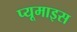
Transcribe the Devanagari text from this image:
प्यूमाइस